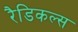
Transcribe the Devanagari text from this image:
रैडिकल्स